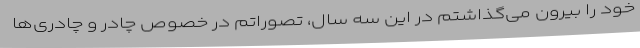
خود را بیرون می‌گذاشتم در این سه سال، تصوراتم در خصوص چادر و چادری‌ها